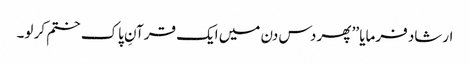
ارشاد فرمایا ’’ پھر دس دن میں ایک قرآنِ پاک ختم کر لو۔